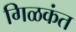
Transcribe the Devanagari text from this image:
गिळकंत